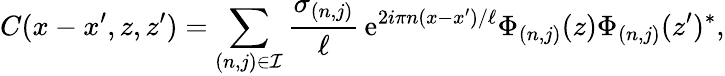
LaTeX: C(x-x^{\prime},z,z^{\prime})=\sum_{(n,j)\in\mathcal{I}}\frac{\sigma_{(n,j)}}{\ell}\, \mathrm{e}^{2i\pi n(x-x^{\prime})/\ell}\Phi_{(n,j)}(z)\Phi_{(n,j)}(z^{\prime})^{\ast},